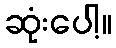
ဆုံးပေါ့။